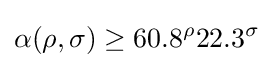
\alpha (\rho ,\sigma )\geq 60.8^{\rho }22.3^{\sigma }